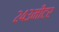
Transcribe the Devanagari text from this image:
२४३मीटर